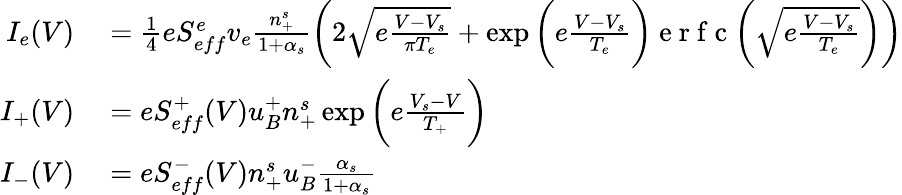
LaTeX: \begin{array}{rl}{I_{e}(V)}&{{}=\frac{1}{4}eS_{eff}^{e}v_{e}\frac{n_{+}^{s}}{1+\alpha_{s}}\bigg(2\sqrt{e\frac{V-V_{s}}{\pi T_{e}}}+\exp{\bigg(e\frac{V-V_{s}}{T_{e}}}\bigg)\mathrm{~e~r~f~c~}\bigg({\sqrt{e\frac{V-V_{s}}{T_{e}}}}\bigg)\bigg)}\\ {I_{+}(V)}&{{}=eS_{eff}^{+}(V)u_{B}^{+}n_{+}^{s}\exp\bigg({e\frac{V_{s}-V}{T_{+}}}\bigg)}\\ {I_{-}(V)}&{{}=eS_{eff}^{-}(V)n_{+}^{s}u_{B}^{-}\frac{\alpha_{s}}{1+\alpha_{s}}}\end{array}